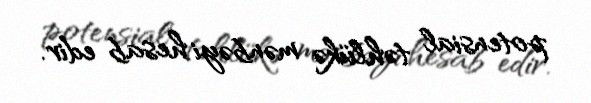
potensial təhlükə mənbəyi hesab edir.